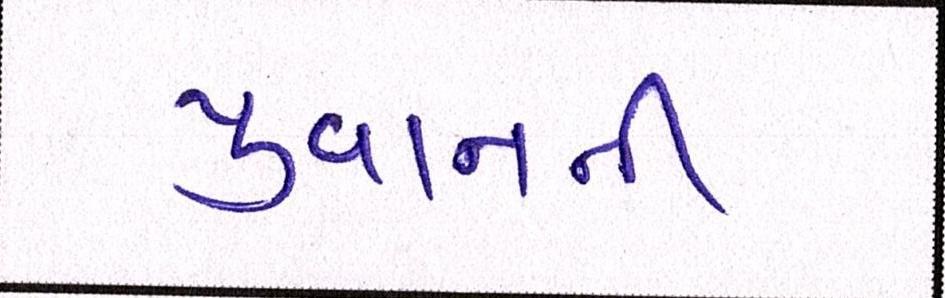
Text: યુવાનની